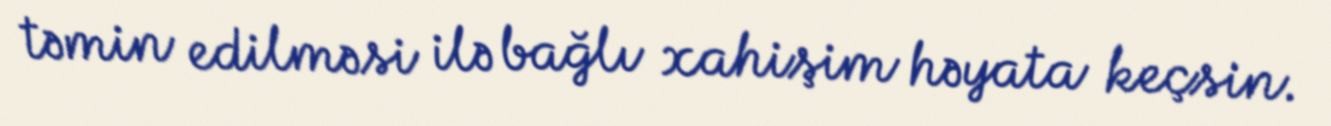
təmin edilməsi ilə bağlı xahişim həyata keçsin.